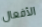
الأفعال